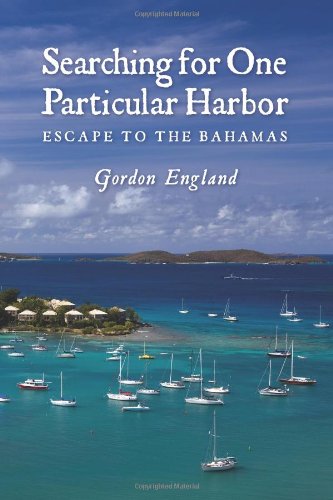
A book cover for Searching for One Particular Harbor: Escape to the Bahamas; Gordon England; Travel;